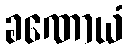
ခဏောယံ